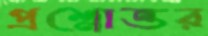
প্রশ্নোত্তর